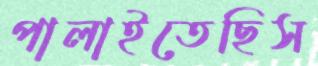
পালাইতেছিস